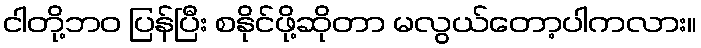
ငါတို့ဘဝ ပြန်ပြီး စနိုင်ဖို့ဆိုတာ မလွယ်တော့ပါကလား။